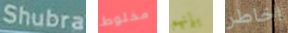
Shubra مخلوط بإنهم اخاطر